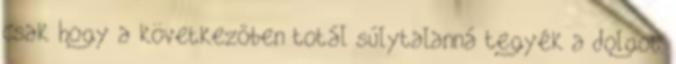
csak hogy a következőben totál súlytalanná tegyék a dolgot